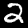
Label: 2